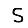
Digit: 5